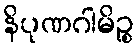
နိပုဏဂါမိဉ္စ